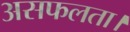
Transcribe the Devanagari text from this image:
असफलता।